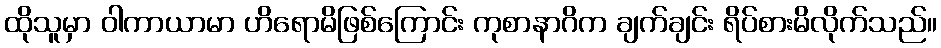
ထိုသူမှာ ဝါကာယာမာ ဟိရောမိဖြစ်ကြောင်း ကုစာနာဂိက ချက်ချင်း ရိပ်စားမိလိုက်သည်။